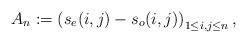
LaTeX: \begin{align*} A_n & := \left(s_e(i, j) - s_o(i, j)\right)_{1 \leq i,j \leq n}, \end{align*}